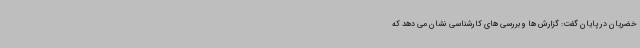
خضریان در پایان گفت: گزارش ها و بررسی های کارشناسی نشان می دهد که